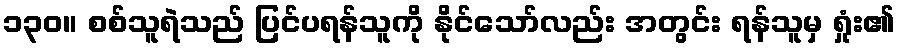
၁၃၀။ စစ်သူရဲသည် ပြင်ပရန်သူကို နိုင်သော်လည်း အတွင်း ရန်သူမှ ရှုံး၏